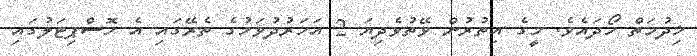
ޚިދުމަތް ހޯދައެވެ. މީގެ އިތުރުން ވޭތުވެދިޔަ 2 އަހަރުދުވަހުގެ ތެރޭގައި އެ ހޮސްޕިޓަލުގައި